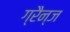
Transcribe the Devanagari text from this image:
ग्रैन्ज